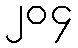
၂၀၄